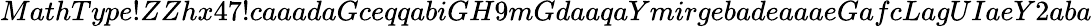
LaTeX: MathType!ZZhx47!caaadaGceqqabiGH9mGdaaqaYmirgebadeaaaeGafcLagUIaeY2aba